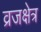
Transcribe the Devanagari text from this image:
व्रजक्षेत्र